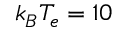
k _ { B } T _ { e } = 1 0